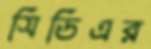
সিডিএর